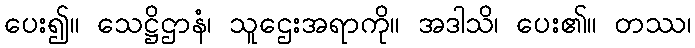
ပေး၍။ သေဋ္ဌိဌာနံ၊ သူဌေးအရာကို။ အဒါသိ၊ ပေး၏။ တဿ၊